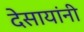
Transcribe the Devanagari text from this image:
देसायांनी